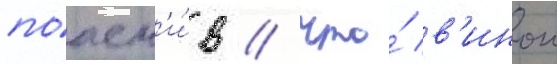
поасн'и́в / что́ в'инои